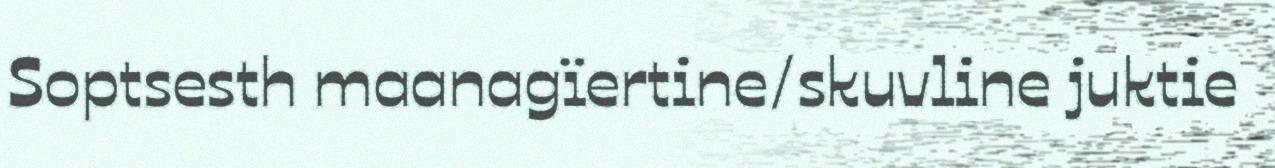
Soptsesth maanagïertine/skuvline juktie